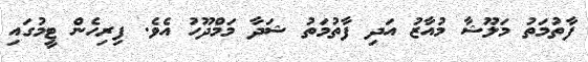
ފާތުމަތު މަލޫޝާ މުއާޒު އަދި ފާތުމަތު ޝަދާ މަމްދޫހު އެވެ. ފިރިހެން ޓީމުގައި